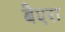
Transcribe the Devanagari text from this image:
बैएरा